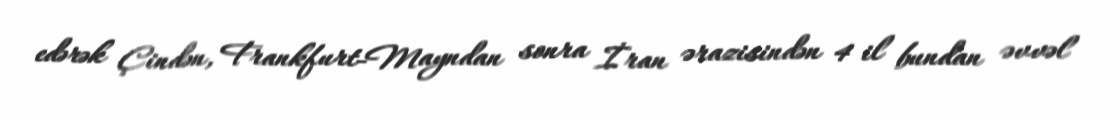
edərək Çindən, Frankfurt-Mayndan sonra İran ərazisindən 4 il bundan əvvəl